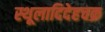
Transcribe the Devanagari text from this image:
स्थूलादिदेहचक्र